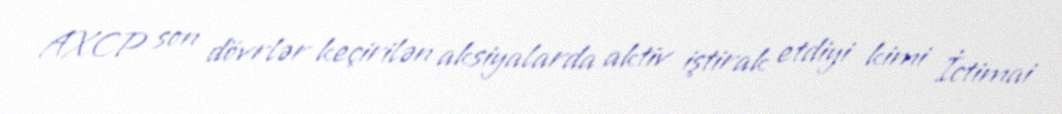
AXCP son dövrlər keçirilən aksiyalarda aktiv iştirak etdiyi kimi İctimai